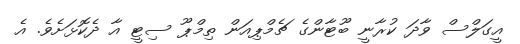
އީގަލްސް ވާދަ ކުރާނީ ބޫޓާންގެ ޗެމްޕިއަން ތިމްޕޫ ސިޓީ އާ ދެކޮޅަށެވެ. އެ